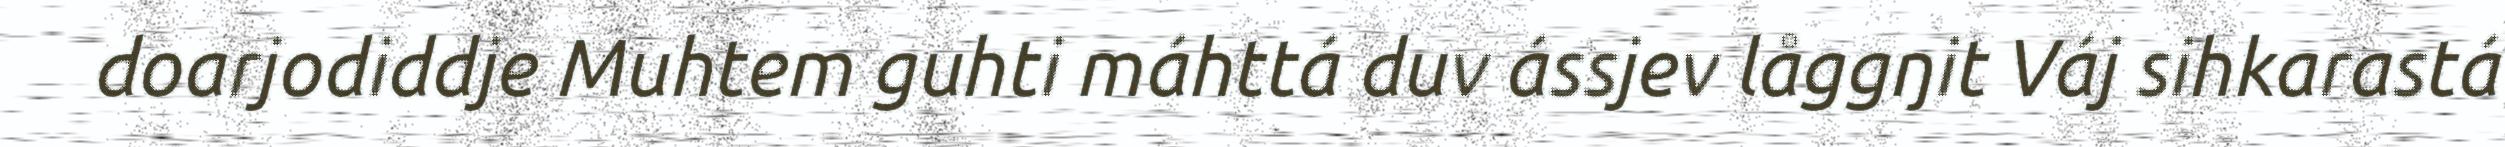
doarjodiddje Muhtem guhti máhttá duv ássjev låggŋit Váj sihkarastá